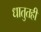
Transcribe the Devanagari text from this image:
धातुतही